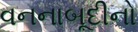
વનનાબૂદીનો